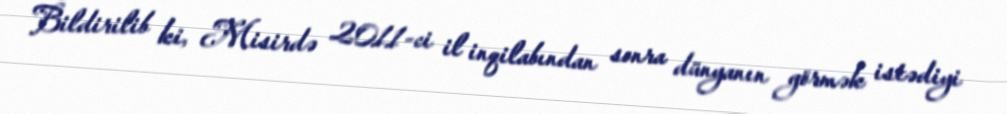
Bildirilib ki, Misirdə 2011-ci il inqilabından sonra dünyanın görmək istədiyi